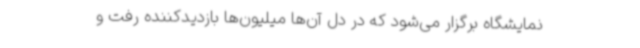
نمایشگاه برگزار می‌شود که در دل آن‌ها میلیون‌ها بازدیدکننده رفت و